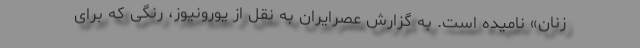
زنان» نامیده است. به گزارش عصرایران به نقل از یورونیوز، رنگی که برای